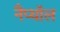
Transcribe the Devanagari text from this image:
नैप्थॉल